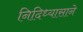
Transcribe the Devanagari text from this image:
निदिध्यासाने